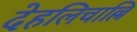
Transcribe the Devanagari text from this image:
देहलिचाल्लि